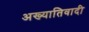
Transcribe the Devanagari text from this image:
अख्यातिवादी